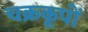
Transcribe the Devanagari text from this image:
चक्रकूपों